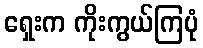
ရှေးက ကိုးကွယ်ကြပုံ